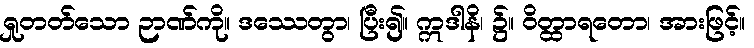
ရှုတတ်သော ဉာဏ်ကို။ ဒဿေတွာ၊ ပြီး၍။ ဣဒါနိ၊ ၌။ ဝိတ္ထာရတော၊ အားဖြင့်။